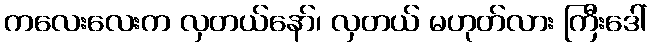
ကလေးလေးက လှတယ်နော်၊ လှတယ် မဟုတ်လား ကြီးဒေါ်